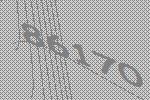
86170